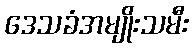
ဒေသခံအမျိုးသမီး